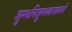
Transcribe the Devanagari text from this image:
शुम्भनिशुम्भकपालधरे